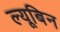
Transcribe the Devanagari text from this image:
ल्यूबिन